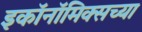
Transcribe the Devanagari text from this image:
इकॉनॉमिक्सच्या